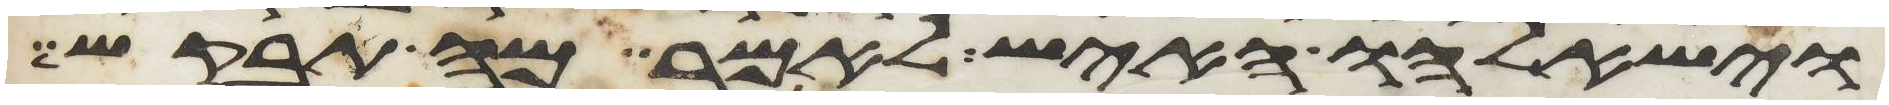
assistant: וישאלהו האיש לאמר מה תבקש